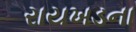
રાયખડના